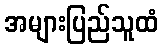
အများပြည်သူထံ